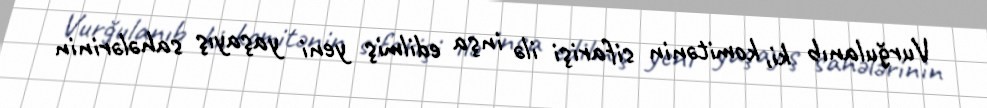
Vurğulanıb ki, komitənin sifarişi ilə inşa edilmiş yeni yaşayış sahələrinin